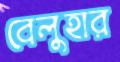
বেলুহার